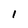
Character: I